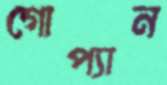
গোপ্যান